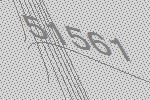
51561